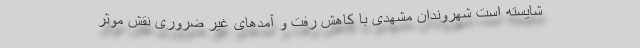
شایسته است شهروندان مشهدی با کاهش رفت و آمدهای غیر ضروری نقش موثر